Indian journal of veterinary science and animal husbandry - Volume 3,
Year: 1933
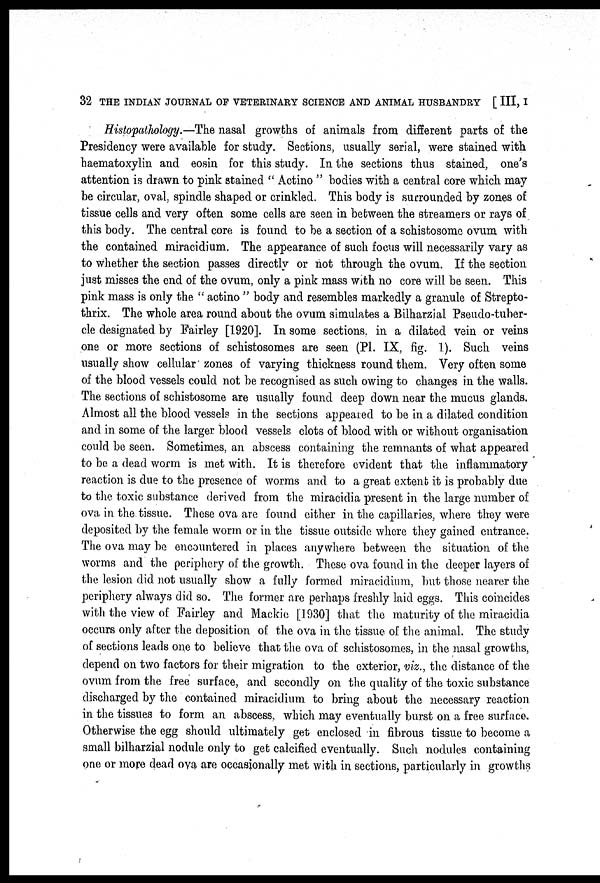
32 THE INDIAN JOURNAL OF VETERINARY SCIENCE AND ANIMAL HUSBANDRY [ III, I
Histopathology.—The nasal growths of animals from different parts of the
Presidency were available for study. Sections, usually serial, were stained with
haematoxylin and eosin for this study. In the sections thus stained, one's
attention is drawn to pink stained " Actino " bodies with a central core which may
be circular, oval, spindle shaped or crinkled. This body is surrounded by zones of
tissue cells and very often some cells are seen in between the streamers or rays of
this body. The central core is found to be a section of a schistosome ovum with
the contained miracidium. The appearance of such focus will necessarily vary as
to whether the section passes directly or not through the ovum. If the section
just misses the end of the ovum, only a pink mass with no core will be seen. This
pink mass is only the " actino " body and resembles markedly a granule of Strepto¬
thrix. The whole area round about the ovum simulates a Bilharzial Pseudo-tuber-
cle designated by Fairley [1920]. In some sections. in a dilated vein or veins
one or more sections of schistosomes are seen (PI. IX, fig. 1). Such veins
usually show cellular zones of varying thickness round them. Very often some
of the blood vessels could not be recognised as such owing to changes in the walls.
The sections of schistosome are usually found deep down near the mucus glands.
Almost all the blood vessels in the sections appeared to be in a dilated condition
and in some of the larger blood vessels clots of blood with or without organisation
could be seen. Sometimes, an abscess containing the remnants of what appeared
to be a dead worm is met with. It is therefore evident that the inflammatory
reaction is due to the presence of worms and to a great extent it is probably due
to the toxic substance derived from the miracidia present in the large number of
ova in the tissue. These ova are found either in the capillaries, where they were
deposited by the female worm or in the tissue outside where they gained entrance.
The ova may be encountered in places anywhere between the situation of the
worms and the periphery of the growth. These ova found in the deeper layers of
the lesion did not usually show a fully formed miracidium, but those nearer the
periphery always did so. The former are perhaps freshly laid eggs. This coincides
with the view of Fairley and Mackie [1930] that the maturity of the miracidia
occurs only after the deposition of the ova in the tissue of the animal. The study
of sections leads one to believe that the ova of schistosomes, in the nasal growths,
depend on two factors for their migration to the exterior, viz., the distance of the
ovum from the free surface, and secondly on the quality of the toxic substance
discharged by the contained miracidium to bring about the necessary reaction
in the tissues to form an abscess, which may eventually burst on a free surface.
Otherwise the egg should ultimately get enclosed in fibrous tissue to become a
small bilharzial nodule only to get calcified eventually. Such nodules containing
one or more dead ova are occasionally met with in sections, particularly in growths